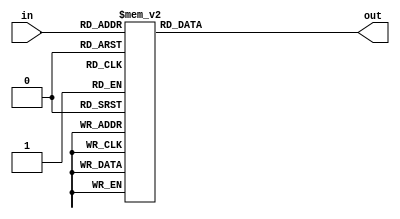
module decoder_4_16 (
    input wire [3:0] in,
    output reg [15:0] out
);
    always @ (*) begin
        case(in)
            4'd0 :begin out=16'b00000000_00000001; end
            4'd1 :begin out=16'b00000000_00000010; end
            4'd2 :begin out=16'b00000000_00000100; end
            4'd3 :begin out=16'b00000000_00001000; end
            4'd4 :begin out=16'b00000000_00010000; end
            4'd5 :begin out=16'b00000000_00100000; end
            4'd6 :begin out=16'b00000000_01000000; end
            4'd7 :begin out=16'b00000000_10000000; end
            4'd8 :begin out=16'b00000001_00000000; end
            4'd9 :begin out=16'b00000010_00000000; end
            4'd10:begin out=16'b00000100_00000000; end
            4'd11:begin out=16'b00001000_00000000; end
            4'd12:begin out=16'b00010000_00000000; end
            4'd13:begin out=16'b00100000_00000000; end
            4'd14:begin out=16'b01000000_00000000; end
            4'd15:begin out=16'b10000000_00000000; end
            default:begin
                out=16'b0;
            end
        endcase
    end
endmodule